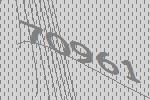
70961